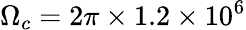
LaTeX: \Omega_{c}=2\pi\times 1.2\times 10^{6}